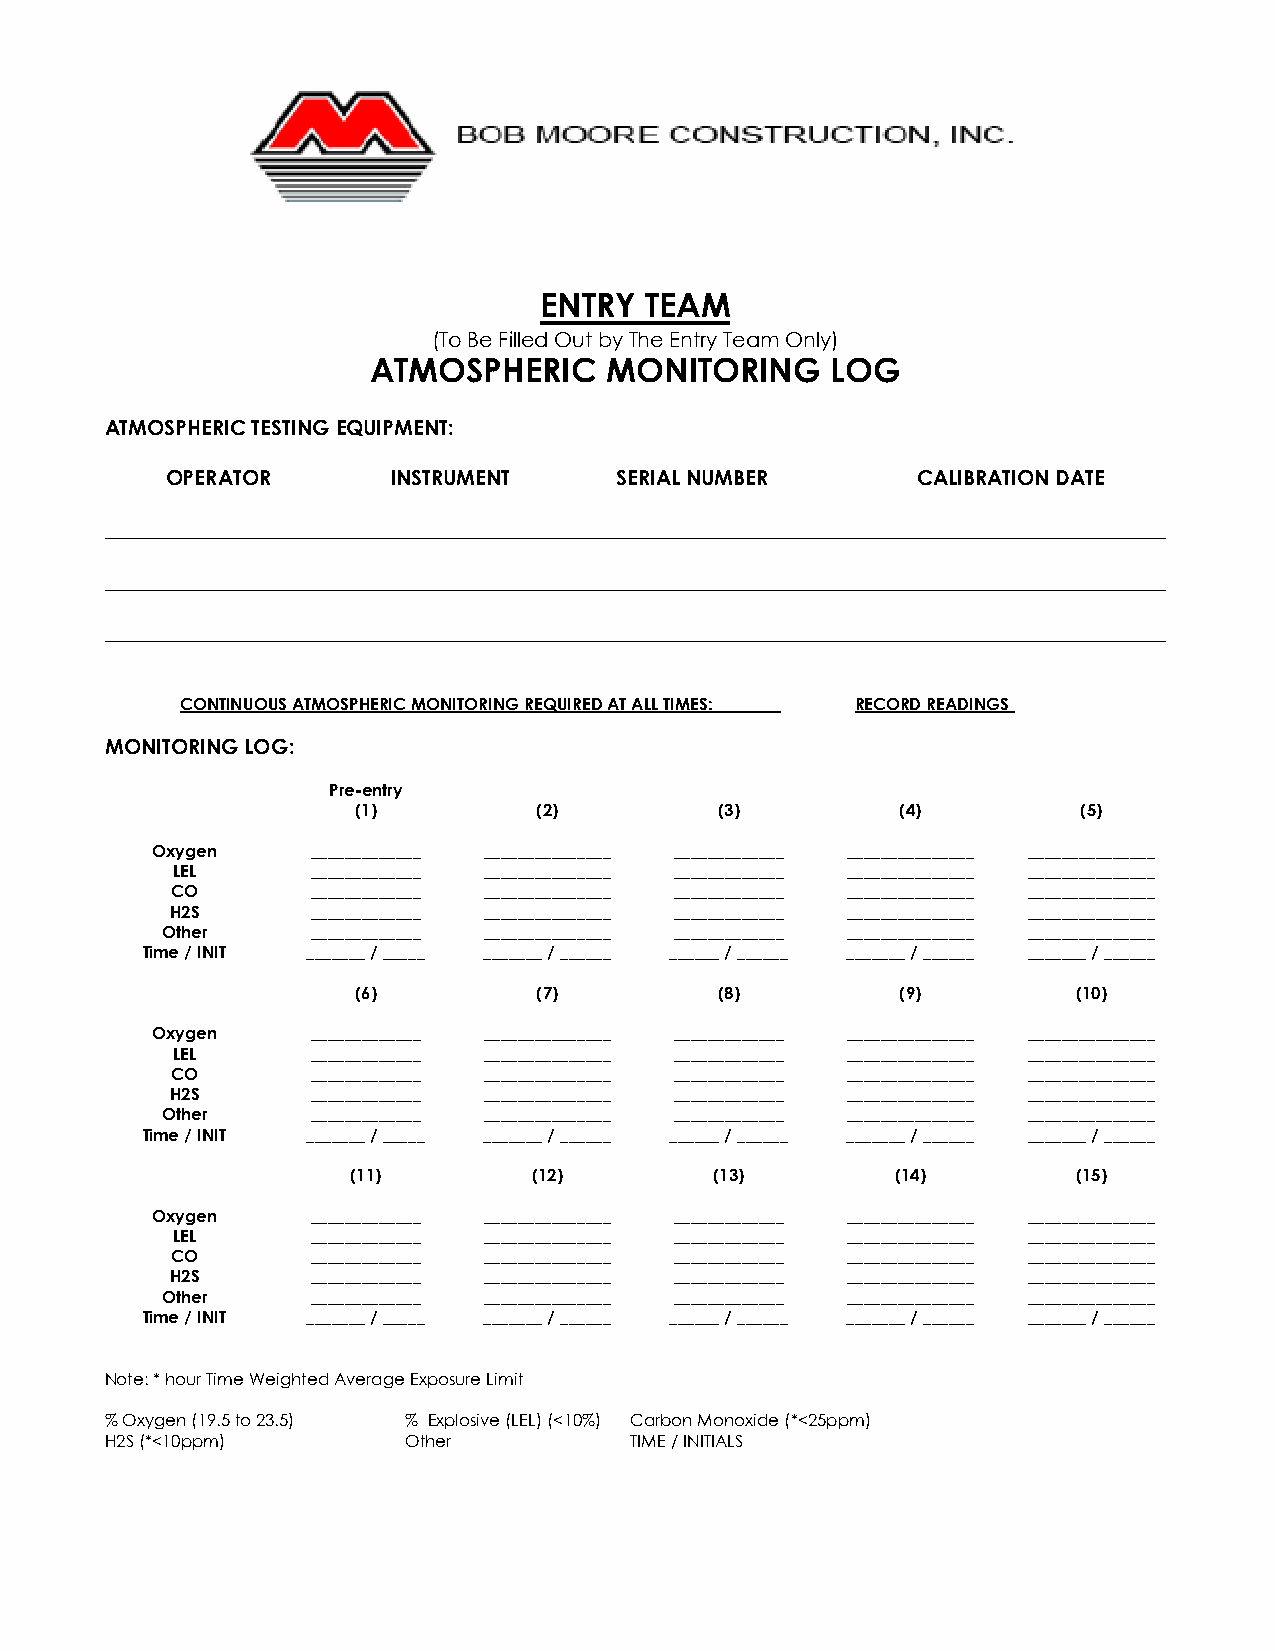
ENTRY  TEAM
 (To Be Filled Out by The Entry Team Only)
 ATMOSPHERIC     MONITORING     LOG
 ATMOSPHERIC TESTING EQUIPMENT:
 OPERATOR       INSTRUMENT     SERIAL NUMBER       CALIBRATION DATE
 _____________________________________________________________________________________________________
 _____________________________________________________________________________________________________
 _____________________________________________________________________________________________________
 CONTINUOUS ATMOSPHERIC MONITORING REQUIRED AT ALL TIMES: RECORD READINGS
 MONITORING LOG:
 Pre-entry
 (1)          (2)         (3)         (4)         (5)
 Oxygen     _____________ _______________ _____________ _______________ _______________
 LEL       _____________ _______________ _____________ _______________ _______________
 CO        _____________ _______________ _____________ _______________ _______________
 H2S       _____________ _______________ _____________ _______________ _______________
 Other     _____________ _______________ _____________ _______________ _______________
 Time / INIT _______ / _____ _______ / ______ ______ / ______ _______ / ______ _______ / ______
 (6)          (7)         (8)         (9)        (10)
 Oxygen     _____________ _______________ _____________ _______________ _______________
 LEL       _____________ _______________ _____________ _______________ _______________
 CO        _____________ _______________ _____________ _______________ _______________
 H2S       _____________ _______________ _____________ _______________ _______________
 Other     _____________ _______________ _____________ _______________ _______________
 Time / INIT _______ / _____ _______ / ______ ______ / ______ _______ / ______ _______ / ______
 (11)        (12)        (13)        (14)        (15)
 Oxygen     _____________ _______________ _____________ _______________ _______________
 LEL       _____________ _______________ _____________ _______________ _______________
 CO        _____________ _______________ _____________ _______________ _______________
 H2S       _____________ _______________ _____________ _______________ _______________
 Other     _____________ _______________ _____________ _______________ _______________
 Time / INIT _______ / _____ _______ / ______ ______ / ______ _______ / ______ _______ / ______
 Note: * hour Time Weighted Average Exposure Limit
 % Oxygen (19.5 to 23.5) % Explosive (LEL) (<10%) Carbon Monoxide (*<25ppm)
 H2S (*<10ppm)       Other          TIME / INITIALS